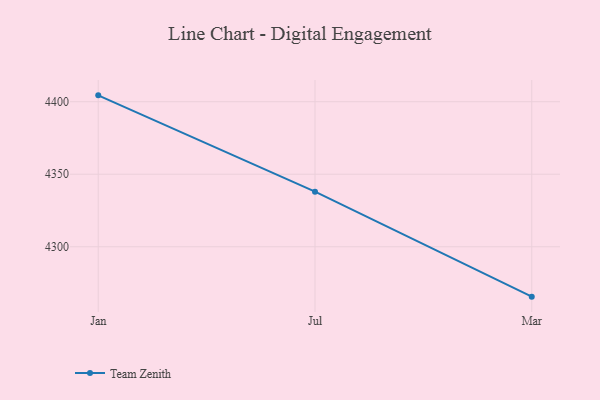
{"axis": {"x": "Month", "y": "Page Views"}, "legend": ["Team Zenith"], "data": [{"x": "Jan", "y": 4404.4, "type": "Team Zenith"}, {"x": "Jul", "y": 4338.0, "type": "Team Zenith"}, {"x": "Mar", "y": 4265.6, "type": "Team Zenith"}]}